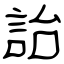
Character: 詒